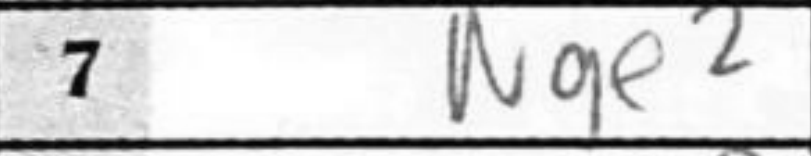
Transcription: Nge2